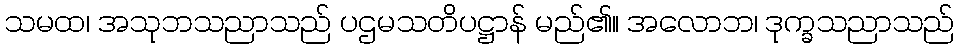
သမထ၊ အသုဘသညာသည် ပဌမသတိပဋ္ဌာန် မည်၏။ အလောဘ၊ ဒုက္ခသညာသည်